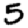
Digit: 5